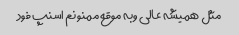
مثل همیشه عالی وبه موقع ممنونم اسنپ فود